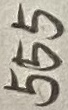
Text: 555